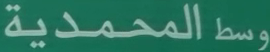
المحمدية وسط